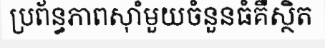
ប្រព័ន្ធភាពស៊ាំមួយចំនួនធំគឺស្ថិត